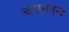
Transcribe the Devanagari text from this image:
चरमानन्द